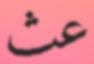
عث